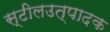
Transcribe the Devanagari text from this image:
स्टीलउत्पादक